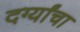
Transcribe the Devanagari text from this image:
दर्ग्यांचा